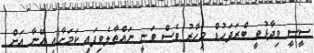
ސީސީ ވިދާޅުވީ ބްރަދަހުޑް މިހާރު ވެސް ވަނީ ނައްތާލެވިފައި ކަމަށާއި އޭނާ އަށް